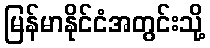
မြန်မာနိုင်ငံအတွင်းသို့